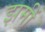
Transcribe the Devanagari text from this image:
झमीं